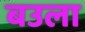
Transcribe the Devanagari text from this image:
बउला